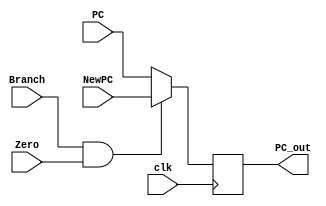
`timescale 1ns / 1ps
//////////////////////////////////////////////////////////////////////////////////
// Company: 
// Engineer: 
// 
// Design Name: 
// Module Name: GetIns
// Project Name: 
// Target Devices: 
// Tool Versions: 
// Description: 
// 
// Dependencies: 
// 
// Revision:
// Revision 0.01 - File Created
// Additional Comments:
// 
//////////////////////////////////////////////////////////////////////////////////


module GetIns(
    input [31:0]PC,
    input Branch,
    input Zero,
    input clk,
    input [31:0]NewPC,
    output reg [31:0]PC_out
    );
    
reg sig;
initial begin
sig=Branch&Zero;
end
    always @(negedge clk) 
    begin 
    if(sig==1)
    begin
    PC_out<=NewPC;
    end
    else 
    begin
    PC_out<=PC;
    end
    end
    
    
endmodule